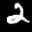
Label: 2